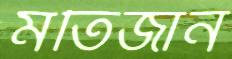
মতিজান